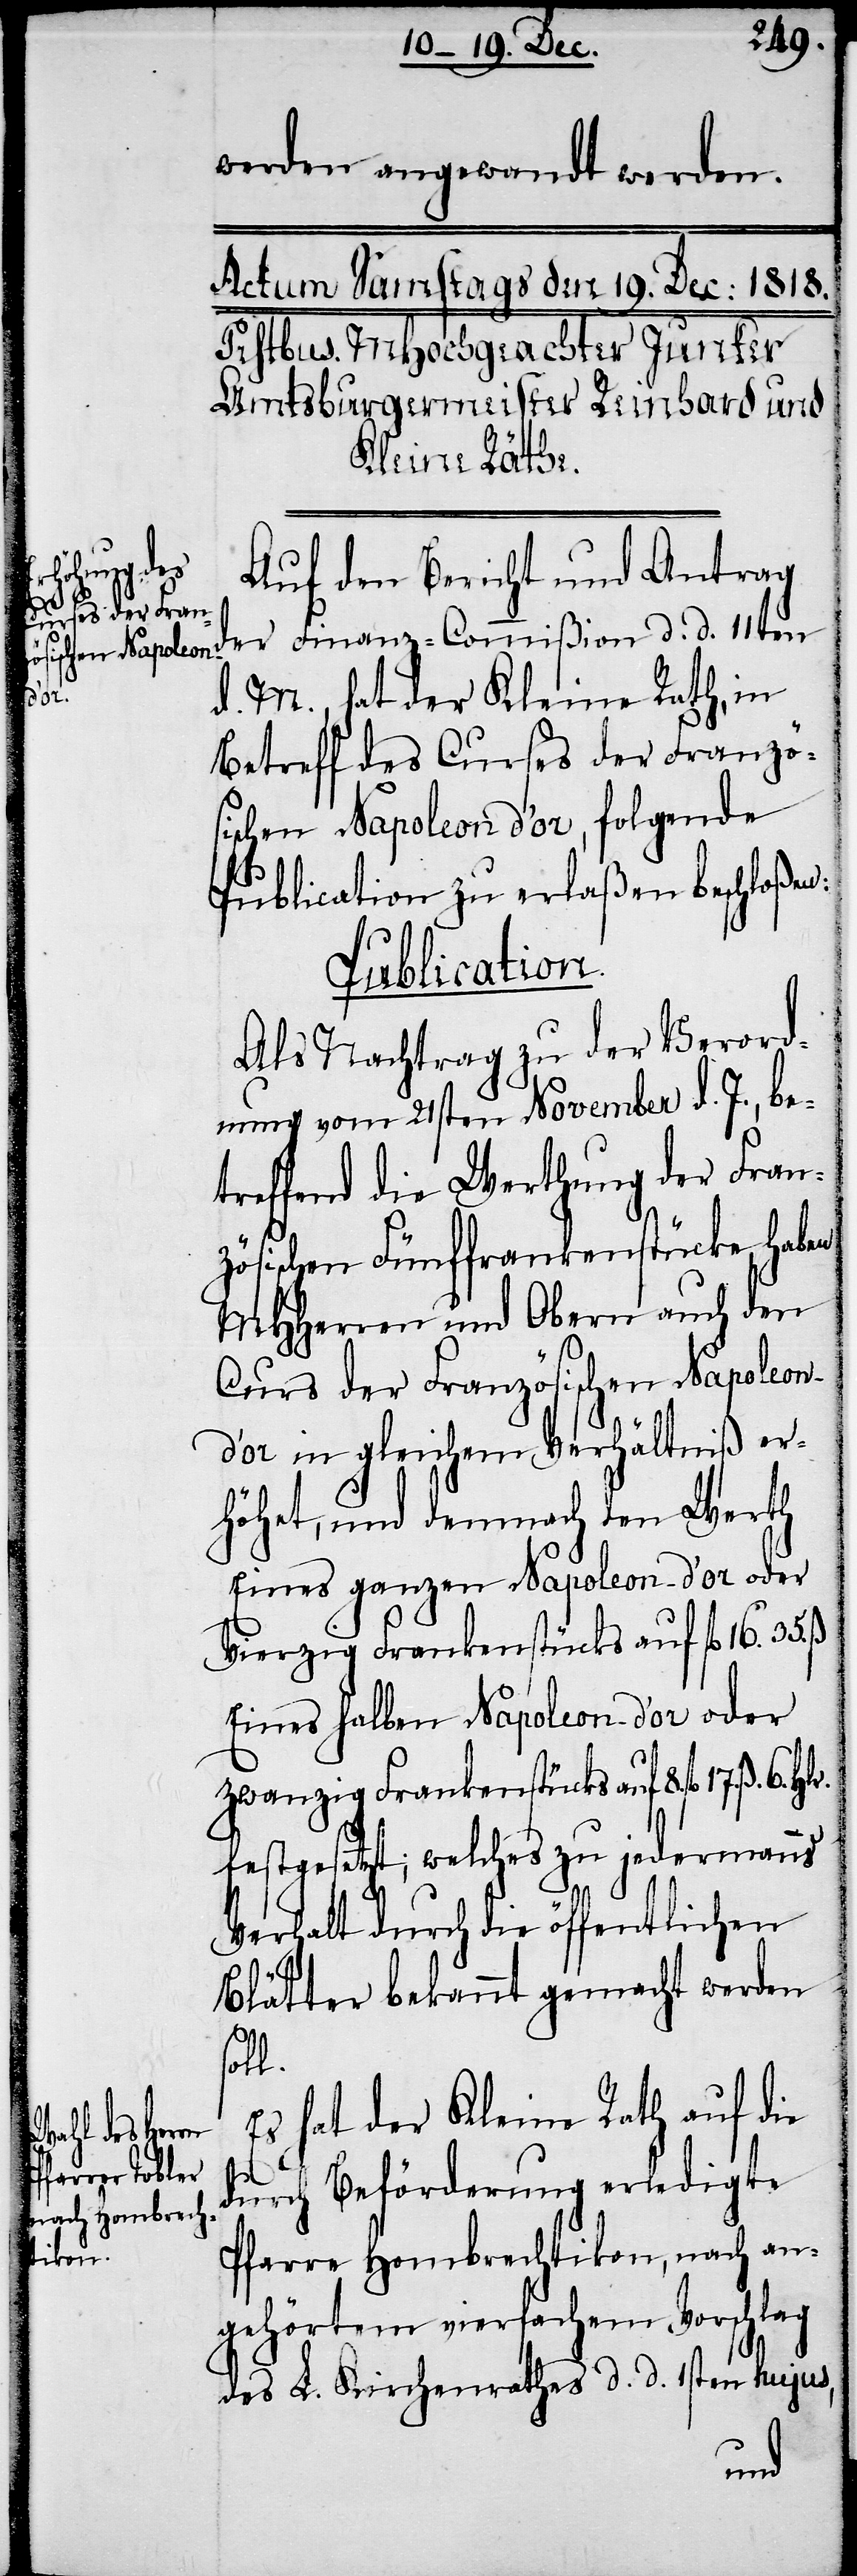
werden angewandt werden.
Auf den Bericht und Antrag
der Finanz-Commißion d. d. 11ten
6.
d. M., hat der Kleine Rath, in
Betreff des Curses der Französ¬
ischen Napoleon d’or, folgende
Publication zu erlaßen beschloßen:
Publication.
Als Nachtrag zu der Verord¬
nung vom 21sten November d. J., be¬
treffend die Werthung der Fran¬
zösischen Fünffrankenstücke, haben
MHHerren und Obern auch den
Curs der Französischen Napoleo¬
n-d’or in gleichem Verhältniß er¬
höhet, und demnach den Werth
Eines ganzen Napoleon-d’or oder
Vierzig Frankenstücks auf 		fl 16.
Eines halben Napoleon-d’or oder
zwanzig Frankenstücks auf 		8. fl 17. ß.
festgesetzt; welches zu jedermanns
Verhalt durch die öffentlichen
Blätter bekannt gemacht werden
soll.
Es hat der Kleine Rath auf die
durch Beförderung erledigte
Pfarre Hombrechtikon, nach an¬
gehörtem vierfachem Vorschlag
des L. Kirchenrathes d. d. 1sten hujus,